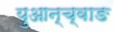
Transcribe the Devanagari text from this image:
युआन्च्वाङ